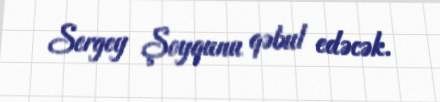
Sergey Şoyqunu qəbul edəcək.